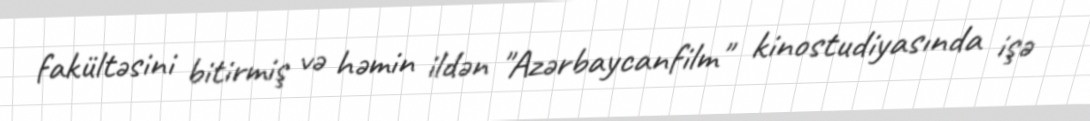
fakültəsini bitirmiş və həmin ildən "Azərbaycanfilm" kinostudiyasında işə